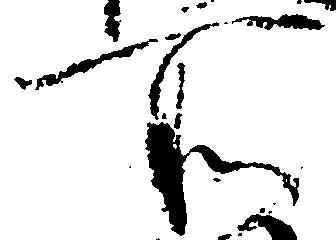
所